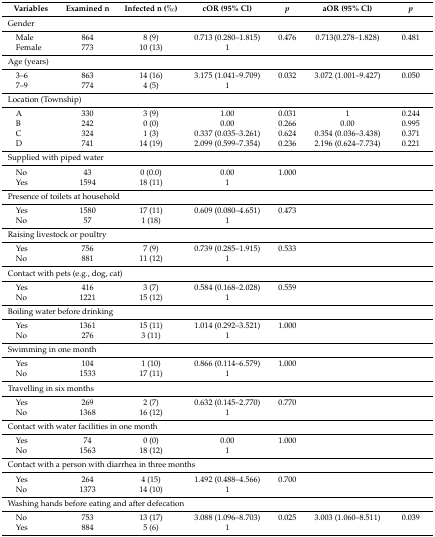
<table><thead><tr><td><b>Variables</b></td><td><b>Examined n</b></td><td><b>Infected n (‰)</b></td><td><b>cOR (95% Cl)</b></td><td><b><i>p</i></b></td><td><b>aOR (95% Cl)</b></td><td><b><i>p</i></b></td></tr></thead><tbody><tr><td colspan="7">Gender</td></tr><tr><td> Male</td><td>864</td><td>8 (9)</td><td>0.713 (0.280–1.815)</td><td>0.476</td><td>0.713(0.278–1.828)</td><td>0.481</td></tr><tr><td> Female</td><td>773</td><td>10 (13)</td><td>1</td><td></td><td></td><td></td></tr><tr><td colspan="7">Age (years)</td></tr><tr><td> 3–6</td><td>863</td><td>14 (16)</td><td>3.175 (1.041–9.709)</td><td>0.032</td><td>3.072 (1.001–9.427)</td><td>0.050</td></tr><tr><td> 7–9</td><td>774</td><td>4 (5)</td><td>1</td><td></td><td></td><td></td></tr><tr><td colspan="7">Location (Township)</td></tr><tr><td> A</td><td>330</td><td>3 (9)</td><td>1.00</td><td>0.031</td><td>1</td><td>0.244</td></tr><tr><td> B</td><td>242</td><td>0 (0)</td><td>0.00</td><td>0.266</td><td>0.00</td><td>0.995</td></tr><tr><td> C</td><td>324</td><td>1 (3)</td><td>0.337 (0.035–3.261)</td><td>0.624</td><td>0.354 (0.036–3.438)</td><td>0.371</td></tr><tr><td> D</td><td>741</td><td>14 (19)</td><td>2.099 (0.599–7.354)</td><td>0.236</td><td>2.196 (0.624–7.734)</td><td>0.221</td></tr><tr><td colspan="7">Supplied with piped water</td></tr><tr><td> No</td><td>43</td><td>0 (0.0)</td><td>0.00</td><td>1.000</td><td></td><td></td></tr><tr><td> Yes</td><td>1594</td><td>18 (11)</td><td>1</td><td></td><td></td><td></td></tr><tr><td colspan="3">Presence of toilets at household</td><td></td><td></td><td></td><td></td></tr><tr><td> Yes</td><td>1580</td><td>17 (11)</td><td>0.609 (0.080–4.651)</td><td>0.473</td><td></td><td></td></tr><tr><td> No</td><td>57</td><td>1 (18)</td><td>1</td><td></td><td></td><td></td></tr><tr><td colspan="3">Raising livestock or poultry</td><td></td><td></td><td></td><td></td></tr><tr><td> Yes</td><td>756</td><td>7 (9)</td><td>0.739 (0.285–1.915)</td><td>0.533</td><td></td><td></td></tr><tr><td> No</td><td>881</td><td>11 (12)</td><td>1</td><td></td><td></td><td></td></tr><tr><td colspan="7">Contact with pets (e.g., dog, cat)</td></tr><tr><td> Yes</td><td>416</td><td>3 (7)</td><td>0.584 (0.168–2.028)</td><td>0.559</td><td></td><td></td></tr><tr><td> No</td><td>1221</td><td>15 (12)</td><td>1</td><td></td><td></td><td></td></tr><tr><td colspan="7">Boiling water before drinking</td></tr><tr><td> Yes</td><td>1361</td><td>15 (11)</td><td>1.014 (0.292–3.521)</td><td>1.000</td><td></td><td></td></tr><tr><td> No</td><td>276</td><td>3 (11)</td><td>1</td><td></td><td></td><td></td></tr><tr><td colspan="7">Swimming in one month</td></tr><tr><td> Yes</td><td>104</td><td>1 (10)</td><td>0.866 (0.114–6.579)</td><td>1.000</td><td></td><td></td></tr><tr><td> No</td><td>1533</td><td>17 (11)</td><td>1</td><td></td><td></td><td></td></tr><tr><td colspan="7">Travelling in six months</td></tr><tr><td> Yes</td><td>269</td><td>2 (7)</td><td>0.632 (0.145–2.770)</td><td>0.770</td><td></td><td></td></tr><tr><td> No</td><td>1368</td><td>16 (12)</td><td>1</td><td></td><td></td><td></td></tr><tr><td colspan="7">Contact with water facilities in one month</td></tr><tr><td> Yes</td><td>74</td><td>0 (0)</td><td>0.00</td><td>1.000</td><td></td><td></td></tr><tr><td> No</td><td>1563</td><td>18 (12)</td><td>1</td><td></td><td></td><td></td></tr><tr><td colspan="7">Contact with a person with diarrhea in three months</td></tr><tr><td> Yes</td><td>264</td><td>4 (15)</td><td>1.492 (0.488–4.566)</td><td>0.700</td><td></td><td></td></tr><tr><td> No</td><td>1373</td><td>14 (10)</td><td>1</td><td></td><td></td><td></td></tr><tr><td colspan="7">Washing hands before eating and after defecation</td></tr><tr><td> No</td><td>753</td><td>13 (17)</td><td>3.088 (1.096–8.703)</td><td>0.025</td><td>3.003 (1.060–8.511)</td><td>0.039</td></tr><tr><td> Yes</td><td>884</td><td>5 (6)</td><td>1</td><td></td><td></td><td></td></tr></tbody></table>